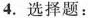
4.选择题：